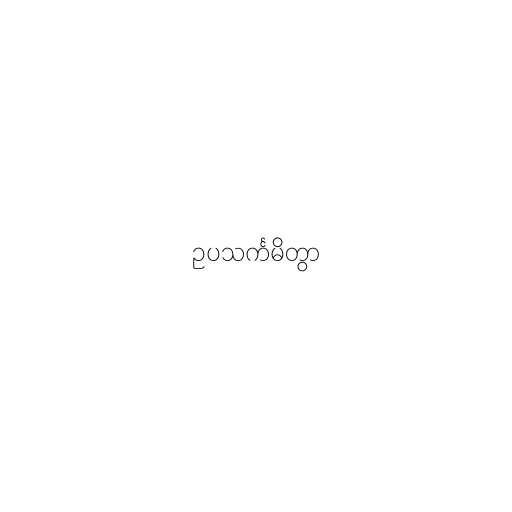
ဥပသင်္ကမိတွာ